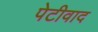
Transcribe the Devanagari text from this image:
पेटीवाद